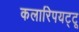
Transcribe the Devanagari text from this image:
कलारिपयट्टू